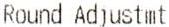
ROUND ADJUSTMT